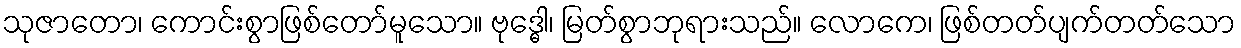
သုဇာတော၊ ကောင်းစွာဖြစ်တော်မူသော။ ဗုဒ္ဓေါ၊ မြတ်စွာဘုရားသည်။ လောကေ၊ ဖြစ်တတ်ပျက်တတ်သော